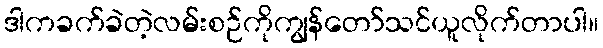
ဒါကခက်ခဲတဲ့လမ်းစဉ်ကိုကျွန်တော်သင်ယူလိုက်တာပါ။